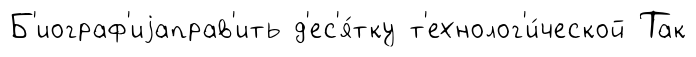
Б'иограф'иjаправ'ить д'ес'я́тку т'ехнолог'и́ческой Так